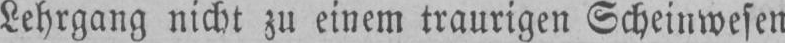
Lehrgang nicht zu einem traurigen Scheinwesen